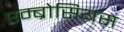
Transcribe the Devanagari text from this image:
एम्ब्रोसियस